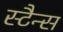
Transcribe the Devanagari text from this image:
स्टैन्स